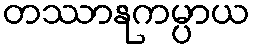
တဿာနုကမ္ပာယ